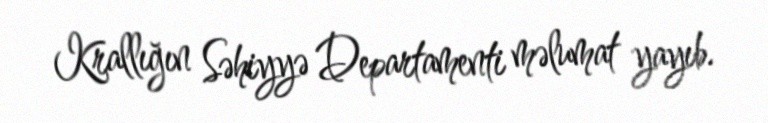
Krallığın Səhiyyə Departamenti məlumat yayıb.